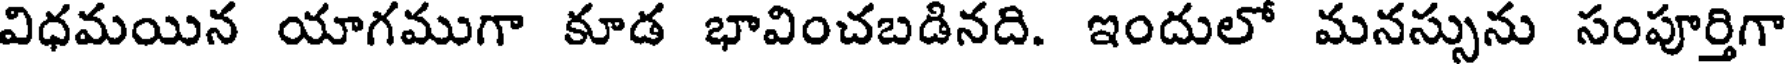
విధమయిన యాగముగా కూడ భావించబడినది. ఇందులో మనస్సును సంపూర్తిగా